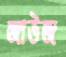
জাউজ